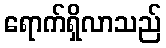
ရောက်ရှိလာသည်